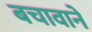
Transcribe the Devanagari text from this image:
बचावाने